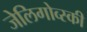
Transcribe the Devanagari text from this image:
जेलिगोव्स्की